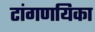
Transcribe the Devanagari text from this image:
टांगणयिका